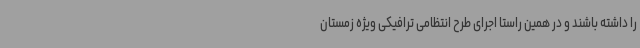
را داشته باشند و در همین راستا اجرای طرح انتظامی ترافیکی ویژه زمستان